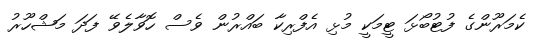
ކެމަރޫންގެ ފުޓުބޯޅަ ޓީމަކީ މުޅި އެފްރިކާ ބައްރުން ވެސް ހޮވާލެވޭ ފަދަ މަޝްހޫރު